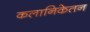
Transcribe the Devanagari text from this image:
कलानिकेतन